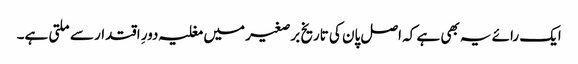
ایک رائے یہ بھی ہے کہ اصل پان کی تاریخ برصغیر میں مغلیہ دورِ اقتدار سے ملتی ہے۔